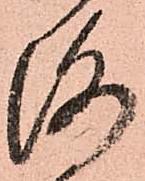
洛